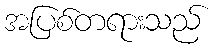
အပြစ်တရားသည်